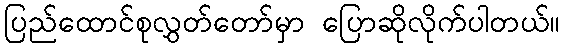
ပြည်ထောင်စုလွှတ်တော်မှာ ပြောဆိုလိုက်ပါတယ်။